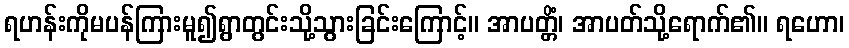
ရဟန်းကိုမပန်ကြားမူ၍ရွာတွင်းသို့သွားခြင်းကြောင့်။ အာပတ္တိံ၊ အာပတ်သို့ရောက်၏။ ရဟော၊